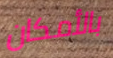
بالأمكان